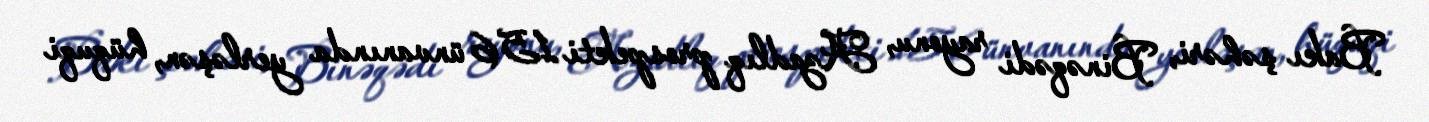
Bakı şəhəri, Binəqədi rayonu, Azadlıq prospekti 156 ünvanında yerləşən, hüquqi